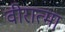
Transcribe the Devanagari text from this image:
वीरात्मा